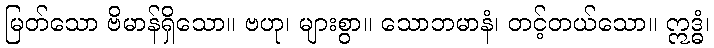
မြတ်သော ဗိမာန်ရှိသော။ ဗဟု၊ များစွာ။ သောဘမာနံ၊ တင့်တယ်သော။ ဣဒ္ဓံ၊